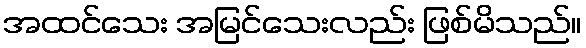
အထင်သေး အမြင်သေးလည်း ဖြစ်မိသည်။